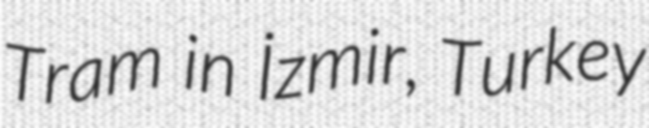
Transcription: Tram in İzmir, Turkey